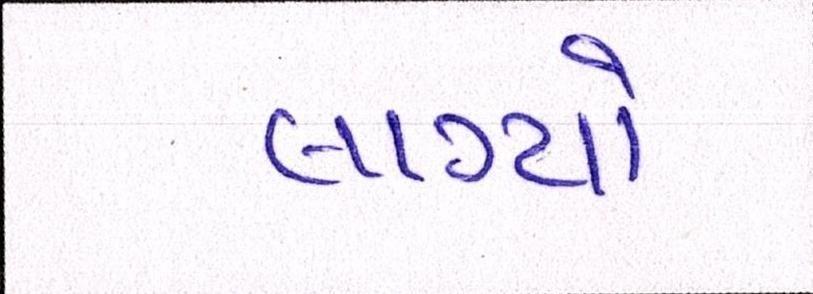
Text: લાગ્યો